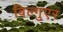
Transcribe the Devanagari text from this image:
बिल्गुएर